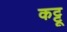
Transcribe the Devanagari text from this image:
कट्टू